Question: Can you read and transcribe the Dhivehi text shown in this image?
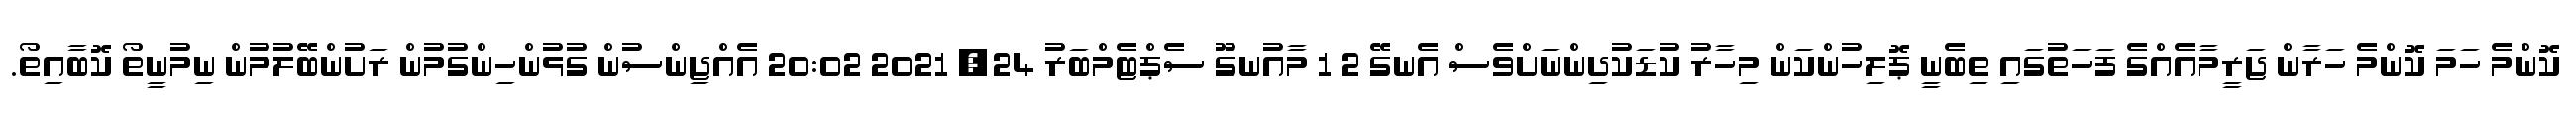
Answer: ކޮންމެ ހަމަ ކޮންމެ ހަރާން ޖަރީމާއެއްގެ ފަހަތުގައި ތިބެނީ ޕޮލިހުންކަން މިހާރު ކުޑަކުދިންނަށްވެސް އެނގޭ 2 1 މާއުނގޫ ސެޕްޓެމްބަރު 24, 2021 20:02 އެއްޖިންސުން ގުޅުންހިންގުމުން ރަށުންބޭލުމުން ނިމުނީތޯ ކޮބާއިތޯ.